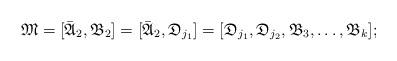
LaTeX: \begin{align*}\mathfrak{M} = [\bar{\mathfrak{A}}_{2}, \mathfrak{B}_{2}] = [\bar{\mathfrak{A}}_{2}, \mathfrak{D}_{j_1}] = [\mathfrak{D}_{j_1}, \mathfrak{D}_{j_2}, \mathfrak{B}_{3}, \dots, \mathfrak{B}_{k}];\end{align*}